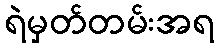
ရဲမှတ်တမ်းအရ